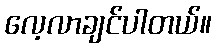
လေ့လာချင်ပါတယ်။